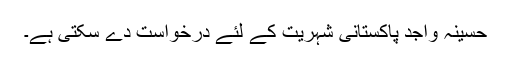
حسینہ واجد پاکستانی شہریت کے لئے درخواست دے سکتی ہے۔